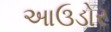
આઉડોર